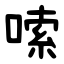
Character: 嗦